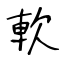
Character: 軟